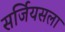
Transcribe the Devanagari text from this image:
सर्जियसला